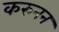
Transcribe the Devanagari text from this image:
करुनन